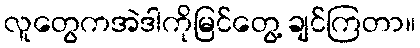
လူတွေကအဲဒါကိုမြင်တွေ့ ချင်ကြတာ။